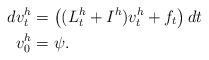
LaTeX: \begin{align*} d v^h_t&= \left( (L^h_t+I^h) v^h_t + f_t \right) dt \\ v^h_0&= \psi.\end{align*}